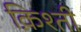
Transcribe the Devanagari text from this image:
क़िश्ती